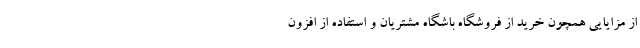
از مزایایی همچون خرید از فروشگاه باشگاه مشتریان و استفاده از افزون